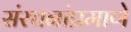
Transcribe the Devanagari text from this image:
संरचनांप्रमाणे